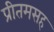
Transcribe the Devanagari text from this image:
प्रीतमसह